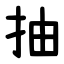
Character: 抽